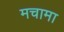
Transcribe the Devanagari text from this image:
मचामा